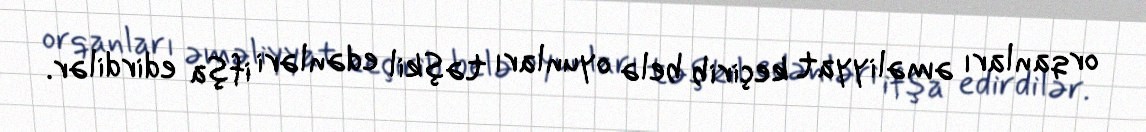
orqanları əməliyyat keçirib belə oyunları təşkil edənləri ifşa edirdilər.